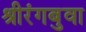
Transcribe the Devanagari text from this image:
श्रीरंगबुवा